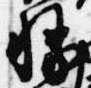
勝